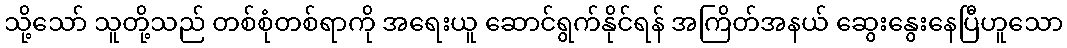
သို့သော် သူတို့သည် တစ်စုံတစ်ရာကို အရေးယူ ဆောင်ရွက်နိုင်ရန် အကြိတ်အနယ် ဆွေးနွေးနေပြီဟူသော